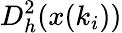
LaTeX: D_{h}^{2}(x(k_{i}))